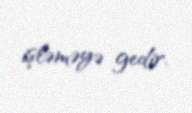
işləməyə gedir.